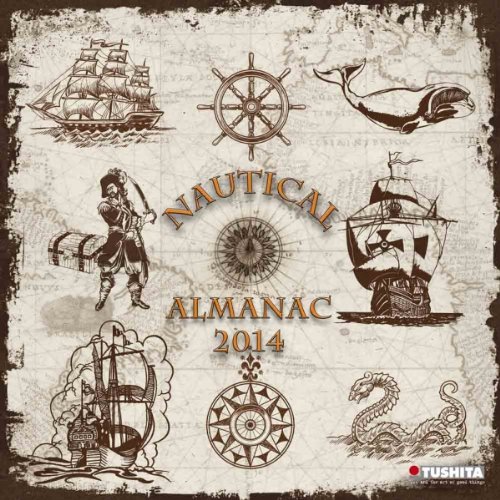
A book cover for Nautical Almanac 2014 (Media Illustration); Calendars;